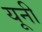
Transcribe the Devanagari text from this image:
यूनी